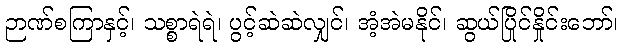
ဉာဏ်စကြာနှင့်၊ သစ္စာရဲရဲ၊ ပွင့်ဆဲဆဲလျှင်၊ အံ့အဲမနိုင်၊ ဆွယ်ပြိုင်နှိုင်းဘော်၊